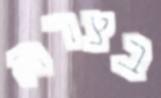
בצרה